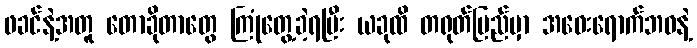
ဖခင်နဲ့အတူ တောခိုတာတွေ ကြုံတွေ့ခဲ့ရပြီး ယခုထိ တရုတ်ပြည်မှာ အဝေးရောက်ဘဝနဲ့